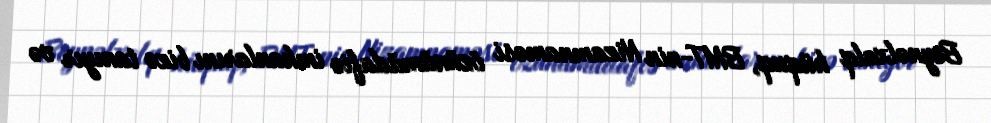
Beynəlxalq hüquq, BMT-nin Nizamnaməsi özünümüdafiə imkanlarını bizə tanıyır və